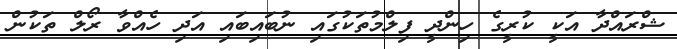
ޝްރައްދާ އަކީ ކުރީގެ ހިންދީ ފިލްމުތަކުގައި ނުބައިބައި އަދި ހެއްވާ ރޯލް ތަކުން